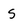
Character: S